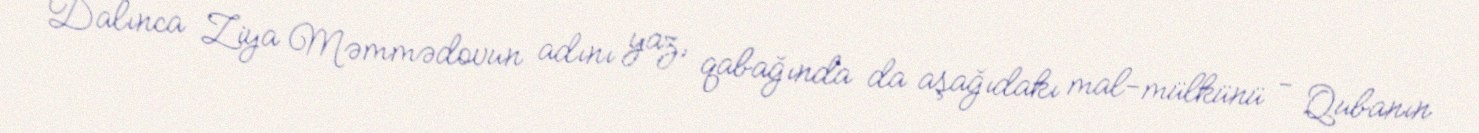
Dalınca Ziya Məmmədovun adını yaz, qabağında da aşağıdakı mal-mülkünü - Qubanın